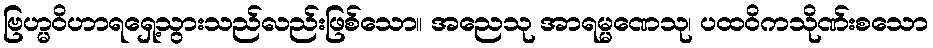
ဗြဟ္မဝိဟာရရှေ့သွားသည်လည်းဖြစ်သော။ အညေသု အာရမ္မဏေသု၊ ပထဝိကသိုဏ်းစသော